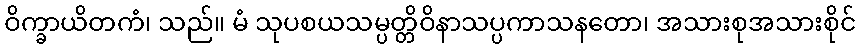
ဝိက္ခာယိတကံ၊ သည်။ မံ သုပစယသမ္ပတ္တိဝိနာသပ္ပကာသနတော၊ အသားစုအသားစိုင်